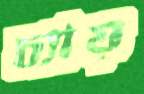
চ্যায়